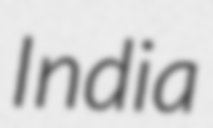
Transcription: India